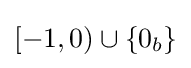
[-1,0)\cup \{0_{b}\}